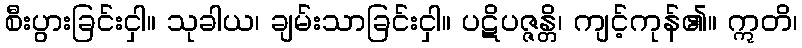
စီးပွားခြင်းငှါ။ သုခါယ၊ ချမ်းသာခြင်းငှါ။ ပဋိပဇ္ဇန္တိ၊ ကျင့်ကုန်၏။ ဣတိ၊